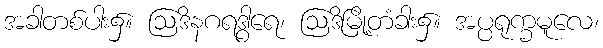
အခါတစ်ပါး၌။ ဩဒိနဂရဒွါရေ၊ ဩဒိမြို့တံခါး၌။ အပ္ပရုက္ခမူလေ၊